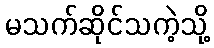
မသက်ဆိုင်သကဲ့သို့